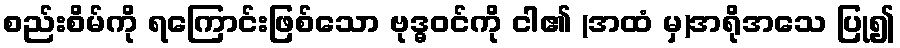
စည်းစိမ်ကို ရကြောင်းဖြစ်သော ဗုဒ္ဓဝင်ကို ငါ၏ (အထံ မှ)အရိုအသေ ပြု၍